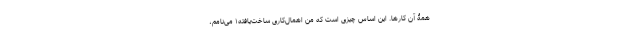
همۀ آن کارها. این اساسِ چیزی است که من اهمال‌کاری ساخت‌یافته۱ می‌نامم،